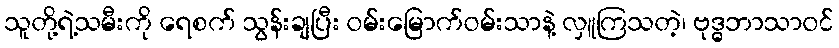
သူတို့ရဲ့သမီးကို ရေစက် သွန်းချပြီး ဝမ်းမြောက်ဝမ်းသာနဲ့ လှူကြသတဲ့၊ ဗုဒ္ဓဘာသာဝင်